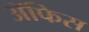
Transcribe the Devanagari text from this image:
ॲफिस